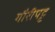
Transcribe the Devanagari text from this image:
गौरीपट्ट